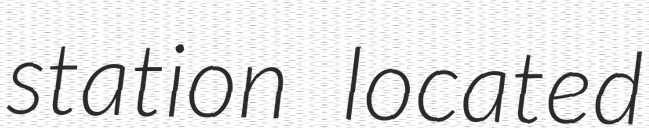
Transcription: station located